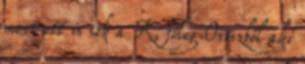
mert ott is sok a K, főleg Oroszból aki